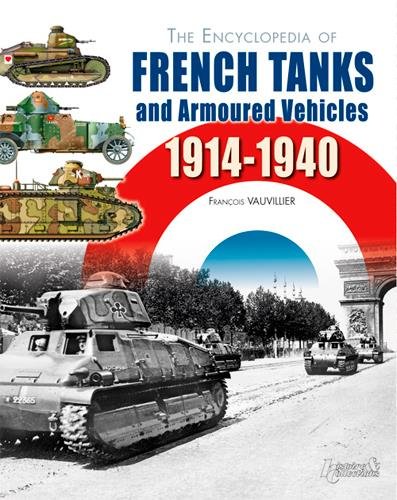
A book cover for The Encyclopedia of French Tanks and Armoured Fighting Vehicles: 1914-1940; Francois Vauvillier; Reference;